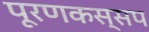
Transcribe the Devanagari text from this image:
पूरणकस्सप